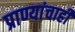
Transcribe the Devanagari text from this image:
प्राण्यांचाही